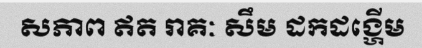
សភាព ឥត រាគៈ សឹម ដកដង្ហើម